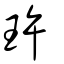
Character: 玝